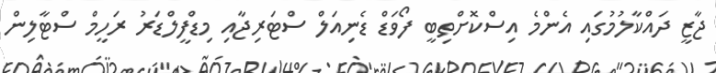
ޖާޒީ ދައްކާލުމުގައި އެންމެ އިސްކޮށްތިބީ ފޯވަޑް ޑެނިއަލް ސްޓަރިޖާއި މިޑްފީލްޑަރު ރަހީމް ސްޓާލިން